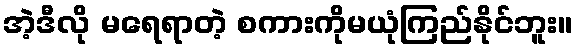
အဲ့ဒီလို မရေရာတဲ့ စကားကိုမယုံကြည်နိုင်ဘူး။